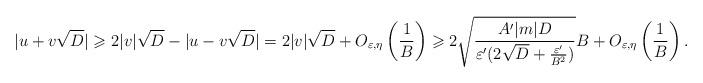
LaTeX: \begin{align*}|u+v\sqrt{D}|\geqslant 2|v|\sqrt{D}-|u-v\sqrt{D}|=2|v|\sqrt{D}+O_{\varepsilon,\eta}\left(\frac{1}{B}\right)\geqslant 2\sqrt{\frac{A^\prime |m|D}{\varepsilon^\prime(2\sqrt{D}+\frac{\varepsilon^\prime}{B^2})}}B+O_{\varepsilon,\eta}\left(\frac{1}{B}\right).\end{align*}